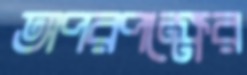
অপরপক্ষের